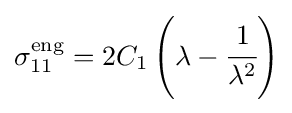
\sigma _{11}^{\mathrm {eng} }=2C_{1}\left(\lambda -{\cfrac {1}{\lambda ^{2}}}\right)